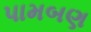
પામબણ